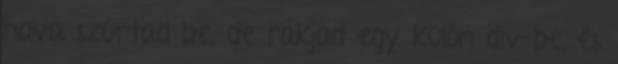
hova szúrtad be, de rakjad egy külön div-be, és